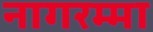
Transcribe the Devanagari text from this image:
नागरम्मा